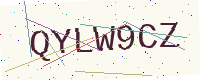
Text: QYLW9CZ